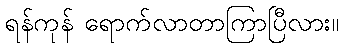
ရန်ကုန် ရောက်လာတာကြာပြီလား။